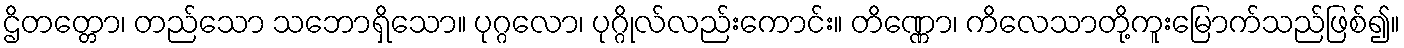
ဌိတတ္တော၊ တည်သော သဘောရှိသော။ ပုဂ္ဂလော၊ ပုဂ္ဂိုလ်လည်းကောင်း။ တိဏ္ဏော၊ ကိလေသာတို့ကူးမြောက်သည်ဖြစ်၍။